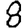
Digit: 8